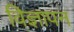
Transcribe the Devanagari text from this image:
विज्ञापन